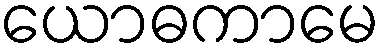
ယောဓကာမေ